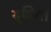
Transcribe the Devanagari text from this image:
यूबिया